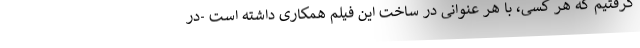
گرفتیم که هر کسی، با هر عنوانی در ساخت این فیلم همکاری داشته است -در